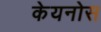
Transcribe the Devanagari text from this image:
केयनोस